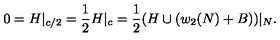
0 = H | _ { c / 2 } = \frac { 1 } { 2 } H | _ { c } = \frac { 1 } { 2 } ( H \cup ( w _ { 2 } ( N ) + B ) ) | _ { N } .